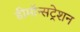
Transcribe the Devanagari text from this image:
डीमॉन्सट्रेशन